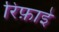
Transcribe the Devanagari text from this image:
रिफ़ाइे